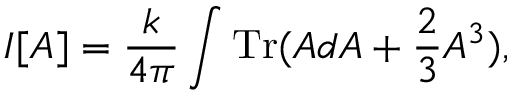
I [ A ] = \frac { k } { 4 \pi } \int \mathrm { T r } ( A d A + \frac { 2 } { 3 } A ^ { 3 } ) ,